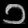
Digit: ၁